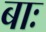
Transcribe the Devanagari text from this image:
बाः